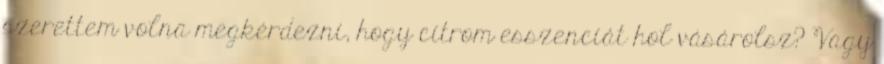
szerettem volna megkérdezni, hogy citrom esszenciát hol vásárolsz? Vagy